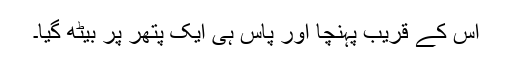
اس کے قریب پہنچا اور پاس ہی ایک پتھر پر بیٹھ گیا۔